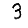
Digit: 3